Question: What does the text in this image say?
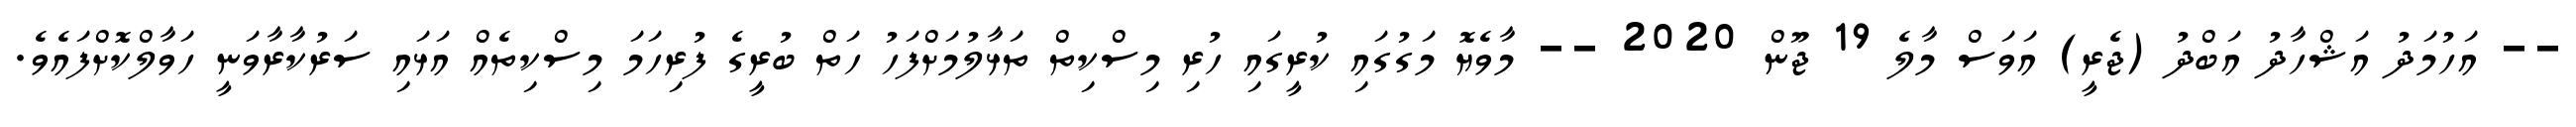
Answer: -- އަހުމަދު އަޝްހާދު އަބްދު (ޖެރީ) އަވަސް މާލެ 19 ޖޫން 2020 -- މާވެޔޮ މަގުގައި ކުރީގައި ހުރި މިސްކިތް ތަޅާލުމަށްފަހު ހަތް ބުރީގެ ފުރިހަމަ މިސްކިތެއް އަޅައި ސަރުކާރާވަނީ ހަވާލްކޮށްފައެވެ.